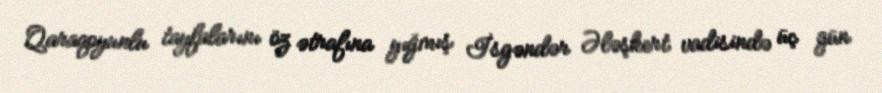
Qaraqoyunlu tayfalarını öz ətrafına yığmış İsgəndər Ələşkert vadisində üç gün